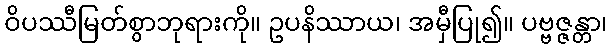
ဝိပဿီမြတ်စွာဘုရားကို။ ဥပနိဿာယ၊ အမှီပြု၍။ ပဗ္ဗဇ္ဇန္တာ၊